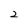
Character: 2